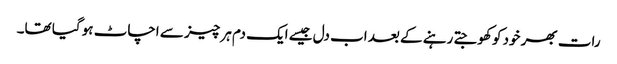
رات بھر خود کو کھوجتے رہنے کے بعد اب دل جیسے ایک دم ہر چیز سے اچاٹ ہو گیا تھا۔